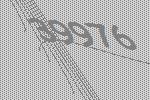
39976